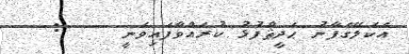
އެކަލޭގެފާނު ޙަދީޘްފުޅު ކުރައްވާފައިވަނީ    :